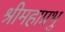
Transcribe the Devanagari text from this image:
श्रीमहाप्रभु